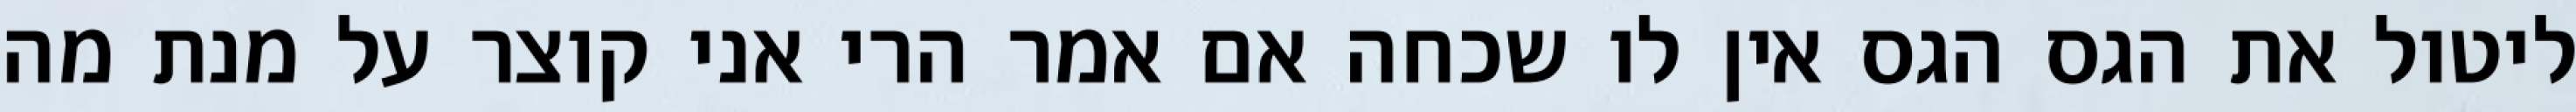
ליטול את הגס הגס אין לו שכחה אם אמר הרי אני קוצר על מנת מה